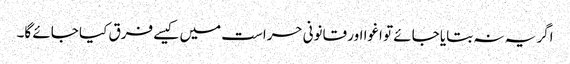
اگر یہ نہ بتایا جائے تو اغوا اور قانونی حراست میں کیسے فرق کیا جائے گا۔